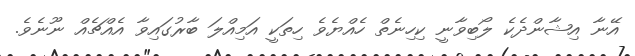
އޭނާ އިޝާންދެކެ ލޯބިވާނީ ކިހިނެތް ހެއްޔެވެ ހިތަކީ އަމިއްލަ ބާރުގައިވާ އެއްޗެއް ނޫނެވެ.